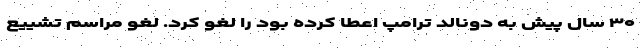
۳۰ سال پیش به دونالد ترامپ اعطا کرده بود را لغو کرد. لغو مراسم تشییع